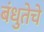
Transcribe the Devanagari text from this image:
बंधुतेचे